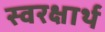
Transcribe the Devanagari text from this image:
स्वरक्षार्थ